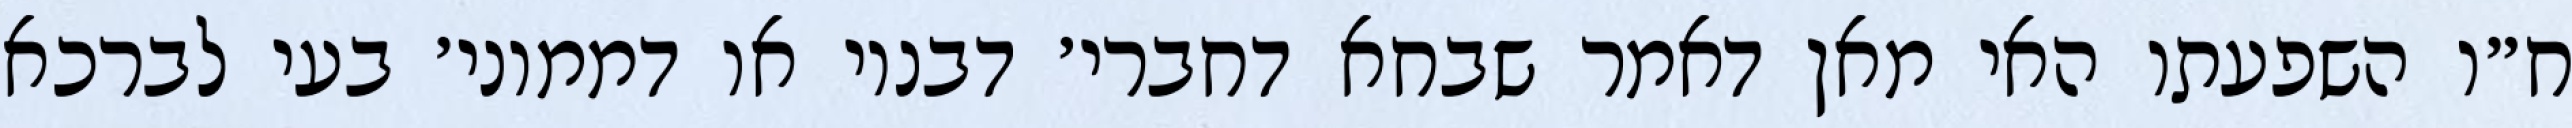
ח״ו השפעתו האי מאן דאמר שבחא דחברי׳ דבנוי או דממוני׳ בעי לברכא